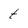
Character: t